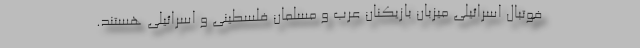
فوتبال اسرائیلی میزبان بازیکنان عرب و مسلمان فلسطینی و اسرائیلی هستند.